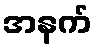
အနက်